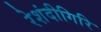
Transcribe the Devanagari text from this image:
रेशंदीगिरि